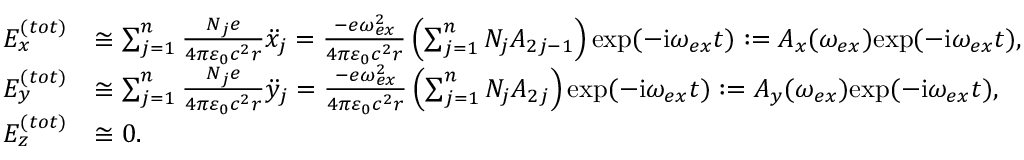
\begin{array} { r l } { E _ { x } ^ { ( t o t ) } } & { \cong \sum _ { j = 1 } ^ { n } \frac { N _ { j } e } { 4 \pi \varepsilon _ { 0 } c ^ { 2 } r } \ddot { x } _ { j } = \frac { - e \omega _ { e x } ^ { 2 } } { 4 \pi \varepsilon _ { 0 } c ^ { 2 } r } \left( \sum _ { j = 1 } ^ { n } N _ { j } A _ { 2 j - 1 } \right) \mathrm { e x p } ( - \mathrm { i } \omega _ { e x } t ) : = A _ { x } ( \omega _ { e x } ) \mathrm { e x p } ( - \mathrm { i } \omega _ { e x } t ) , } \\ { E _ { y } ^ { ( t o t ) } } & { \cong \sum _ { j = 1 } ^ { n } \frac { N _ { j } e } { 4 \pi \varepsilon _ { 0 } c ^ { 2 } r } \ddot { y } _ { j } = \frac { - e \omega _ { e x } ^ { 2 } } { 4 \pi \varepsilon _ { 0 } c ^ { 2 } r } \left( \sum _ { j = 1 } ^ { n } N _ { j } A _ { 2 j } \right) \mathrm { e x p } ( - \mathrm { i } \omega _ { e x } t ) : = A _ { y } ( \omega _ { e x } ) \mathrm { e x p } ( - \mathrm { i } \omega _ { e x } t ) , } \\ { E _ { z } ^ { ( t o t ) } } & { \cong 0 . } \end{array}